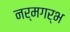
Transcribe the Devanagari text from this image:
नर्मगर्भ